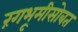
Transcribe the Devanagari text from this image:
रंगभूमीसोबत